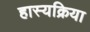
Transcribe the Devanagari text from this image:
हास्यक्रिया